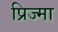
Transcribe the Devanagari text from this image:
प्रिज्मा